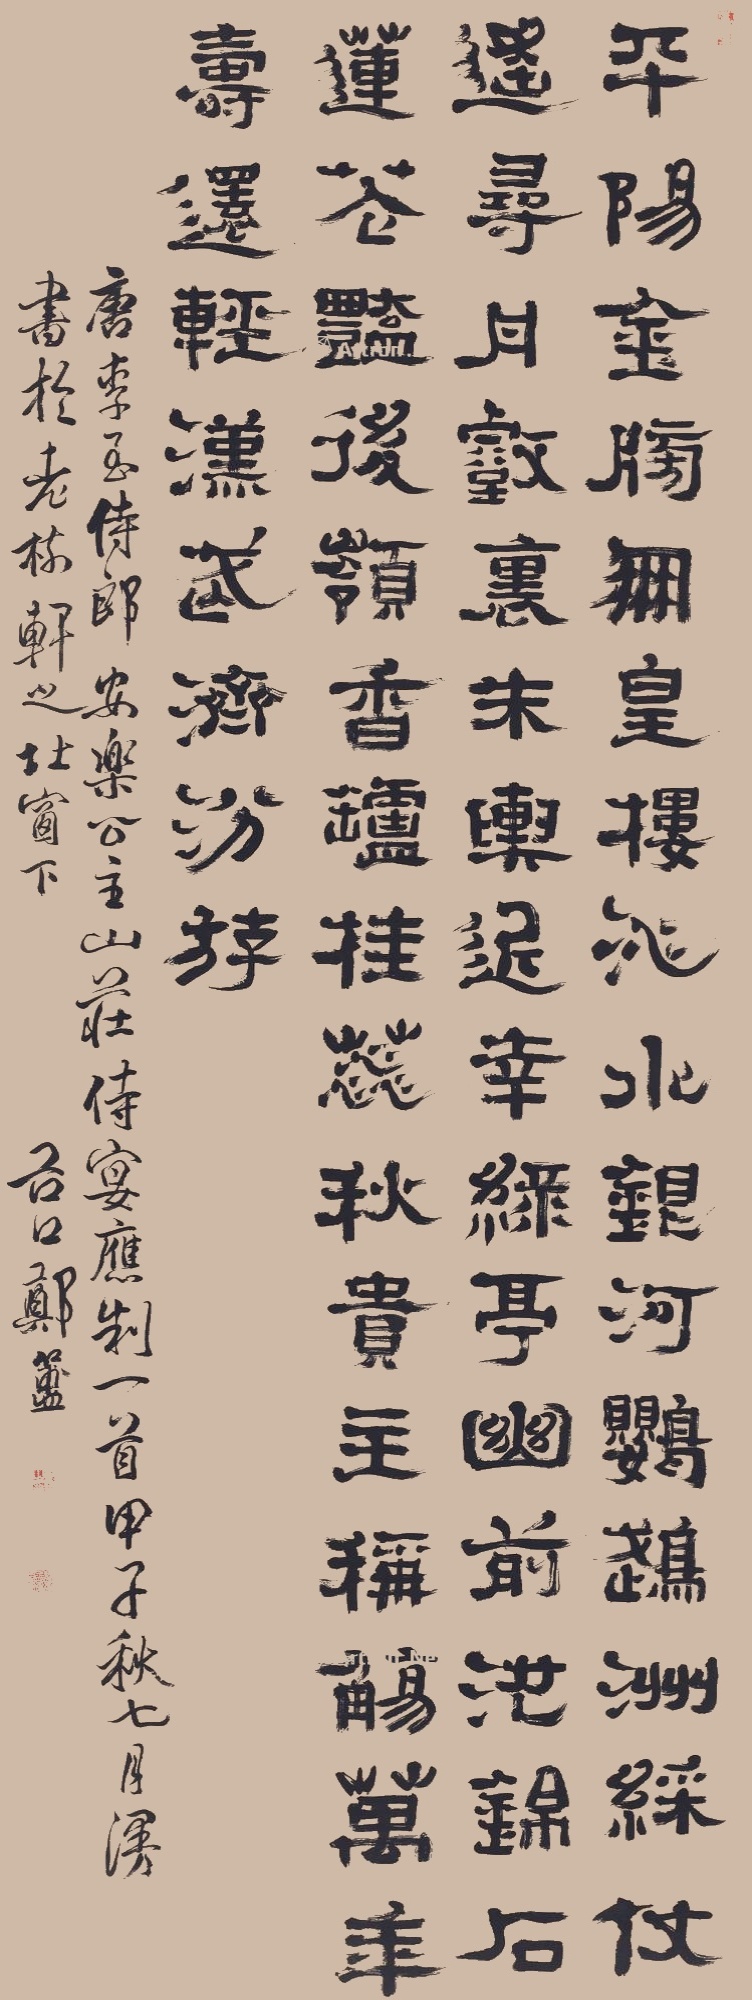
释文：平阳金榜凤凰楼，沁水银河鹦鹉洲。彩仗遥临丹壑里，仙舆近幸绿亭幽。前池锦石莲花艳，后岭香炉桂蕊秋。贵主称觞万年寿，还轻汉武济汾游。唐李至侍郎安乐公主山庄侍宴应制一首，甲子秋七月，漫书于老树轩之北窗下。谷口郑簠。